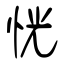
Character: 恍